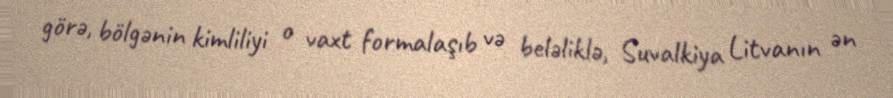
görə, bölgənin kimliliyi o vaxt formalaşıb və beləliklə, Suvalkiya Litvanın ən